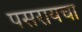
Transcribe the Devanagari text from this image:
पसरायचा